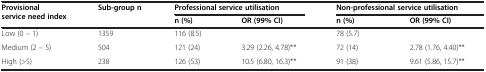
| Provisional service need index | Sub-group n | <COLSPAN=2> Professional service utilisation | <COLSPAN=2> Non-professional service utilisation |
 |  |  | n (%) | OR (99% CI) | n (%) | OR (99% CI) |
 | --- | --- | --- | --- | --- | --- |
 | Low (0 – 1) | 1359 | 116 (8.5) |  | 78 (5.7) |  |
 | Medium (2 – 5) | 504 | 121 (24) | 3.29 (2.26, 4.78)** | 72 (14) | 2.78 (1.76, 4.40)** |
 | High (>5) | 238 | 126 (53) | 10.5 (6.80, 16.3)** | 91 (38) | 9.61 (5.86, 15.7)** |